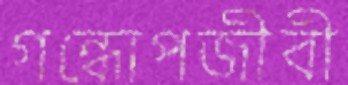
গন্ধোপজীবী